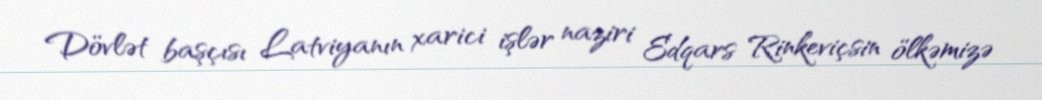
Dövlət başçısı Latviyanın xarici işlər naziri Edqars Rinkeviçsin ölkəmizə